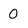
Character: O